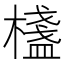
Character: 𣛷